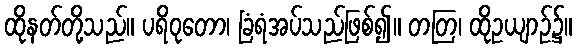
ထိုနတ်တို့သည်။ ပရိဝုတော၊ ခြံရံအပ်သည်ဖြစ်၍။ တတြ၊ ထိုဥယျာဉ်၌။